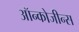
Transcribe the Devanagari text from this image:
ऑन्कोजीन्स